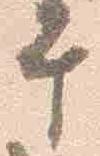
午